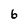
Character: 6